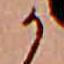
か